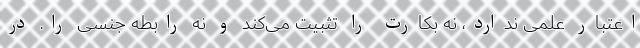
اعتبار علمی ندارد، نه بکارت را تثبیت می‌کند و نه رابطه جنسی را. در